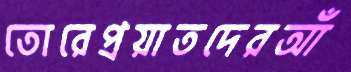
তোরেপ্রয়াতদেরআঁ